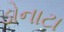
ડોનાટા